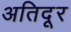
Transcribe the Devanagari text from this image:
अतिदूर